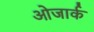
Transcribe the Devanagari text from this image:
ओजार्क